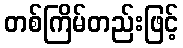
တစ်ကြိမ်တည်းဖြင့်